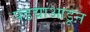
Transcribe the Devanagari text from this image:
पडद्याआडून